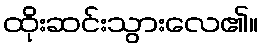
ထိုးဆင်းသွားလေ၏။